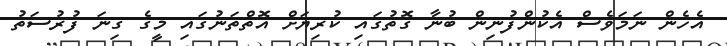
އެހެން ނަމަވެސް އެކުންފުނިން ބުނާ ގޮތުގައި ކުރިޔަށް އޮތްތަނުގައި މީގެ ގިނަ ފުރުސަތު